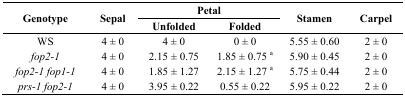
| <ROWSPAN=2> Genotype | <ROWSPAN=2> Sepal | <COLSPAN=2> Petal | <ROWSPAN=2> Stamen | <ROWSPAN=2> Carpel |
 | Unfolded | Folded |
 | --- | --- | --- | --- | --- | --- |
 | WS | 4 ± 0 | 4 ± 0 | 0 ± 0 | 5.55 ± 0.60 | 2 ± 0 |
 | fop2-1 | 4 ± 0 | 2.15 ± 0.75 | 1.85 ± 0.75 a | 5.90 ± 0.45 | 2 ± 0 |
 | fop2-1 fop1-1 | 4 ± 0 | 1.85 ± 1.27 | 2.15 ± 1.27 a | 5.75 ± 0.44 | 2 ± 0 |
 | prs-1 fop2-1 | 4 ± 0 | 3.95 ± 0.22 | 0.55 ± 0.22 | 5.95 ± 0.22 | 2 ± 0 |